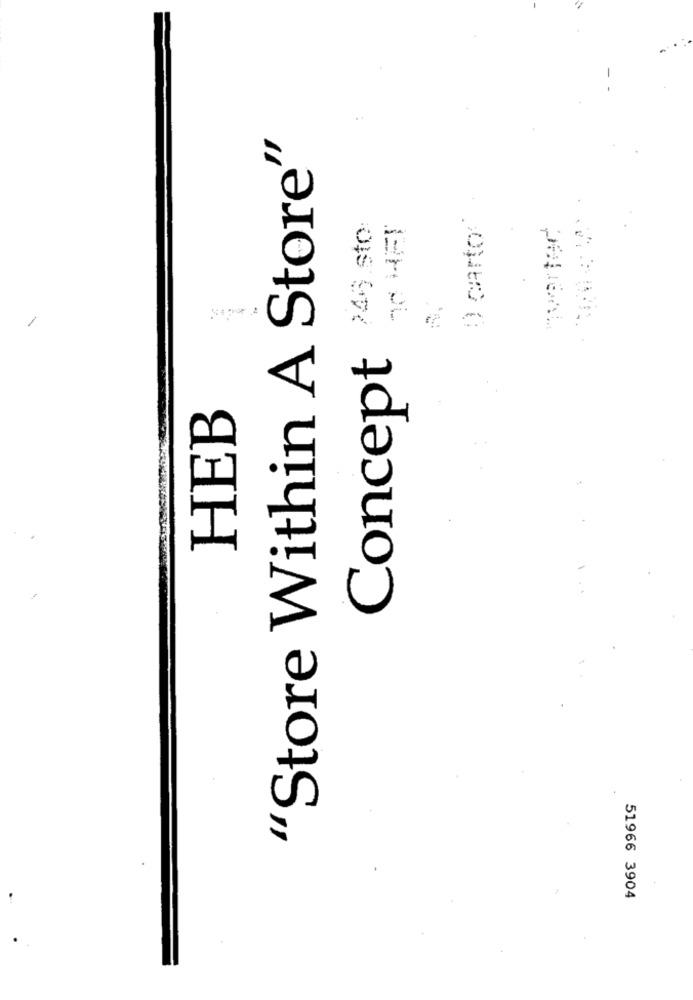
"Store Within A Store"
D carto :
746 sto
Concept
HEB
51966 3904